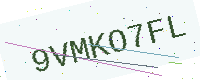
Text: 9VMKO7FL